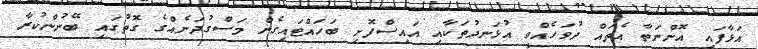
އަޅާފައި އޮންނަތާ އެތައް ދުވަހެއްވީ އުޅަނދުތަކާއި އައިސްފޮށި ބަހައްޓައިގެން މަސްގުދަނެއްގެ ގޮތުގައި ބޭނުންކުރާ